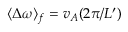
\langle \Delta \omega \rangle _ { f } = v _ { A } ( 2 \pi / L ^ { \prime } )